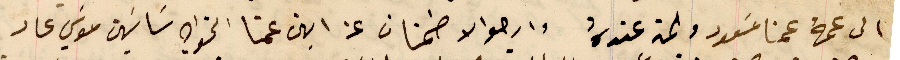
الى عمهُ عمنا مسَعود ولمن عندهُ وارجو الاطمنان عن ابن عمنا الخواجه سَاسَين موسَي عاد